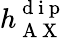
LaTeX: h_{\mathrm{~A~X~}}^{\mathrm{~d~i~p~}}